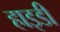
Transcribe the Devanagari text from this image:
हाइडी